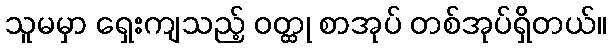
သူမမှာ ရှေးကျသည့် ဝတ္ထု စာအုပ် တစ်အုပ်ရှိတယ်။